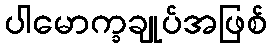
ပါမောက္ခချုပ်အဖြစ်